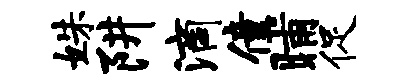
姝阱滴僮晡促